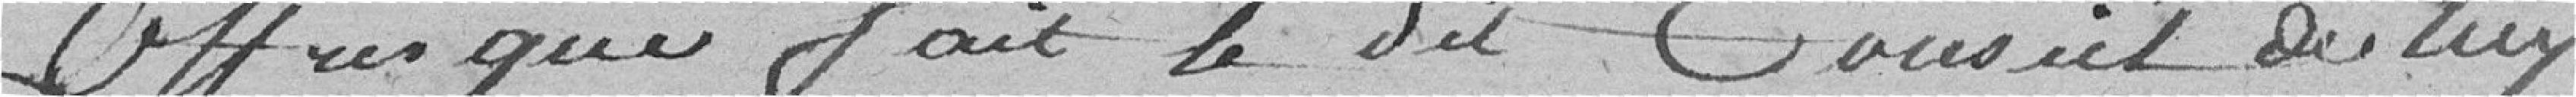
offrezs que fait le dit Conseil de  lui